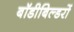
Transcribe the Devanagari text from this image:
बॉडीबिल्डरों